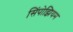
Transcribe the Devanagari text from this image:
सिंपोझियम